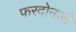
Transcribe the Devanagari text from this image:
फरदोनजी